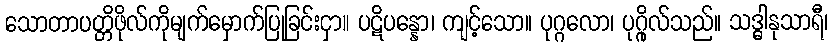
သောတာပတ္တိဖိုလ်ကိုမျက်မှောက်ပြုခြင်းငှာ။ ပဋိပန္နော၊ ကျင့်သော။ ပုဂ္ဂလော၊ ပုဂ္ဂိုလ်သည်။ သဒ္ဓါနုသာရီ၊